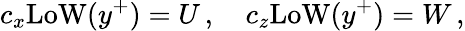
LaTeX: c_{x}\mathrm{LoW}(y^{+})=U\, ,\quad c_{z}\mathrm{LoW}(y^{+})=W\, ,